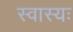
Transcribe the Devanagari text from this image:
स्वास्यः